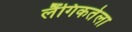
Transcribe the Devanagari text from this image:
लैंगिकतेला